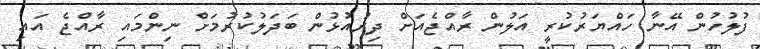
ފުލުހުން އޭނާ ހައްޔަރުކުރީ އަލުން ރާއްޖެއަށް ދިރުއުޅުން ބަދަލުކުރުމަށް ނިންމައި ރާއްޖެ އައި